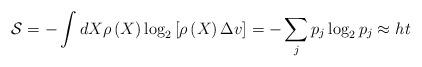
LaTeX: \begin{align*}\mathcal{S}_{}^{}=-\int dX\rho\left(X\right) \log_{2}\left[ \rho\left( X\right) \Delta v\right] =-\sum_{j}p_{j}\log_{2}p_{j}\approx h_{}t \end{align*}